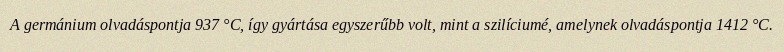
A germánium olvadáspontja 937 °C, így gyártása egyszerűbb volt, mint a szilíciumé, amelynek olvadáspontja 1412 °C.